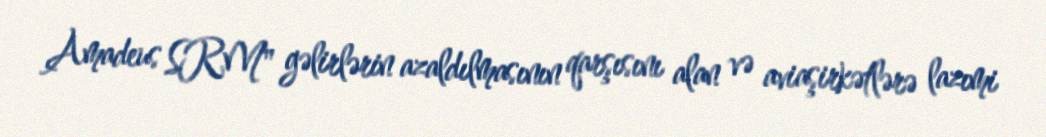
Amadeus SRM" gəlirlərin azaldılmasının qarşısını alan və aviaşirkətlərə lazımi